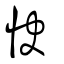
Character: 快